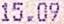
15.09